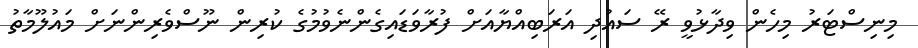
މިނިސްޓަރު މިހެން ވިދާޅުވީ ރޭ ސައުދި އަރަބިއްޔާއަށް ފުރާވަޑައިގެންނެވުމުގެ ކުރިން ނޫސްވެރިންނަށް މައުލޫމާތު